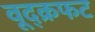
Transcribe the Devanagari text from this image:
वूद्क्रफट